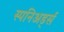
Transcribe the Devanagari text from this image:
स्पनिअर्ड्स